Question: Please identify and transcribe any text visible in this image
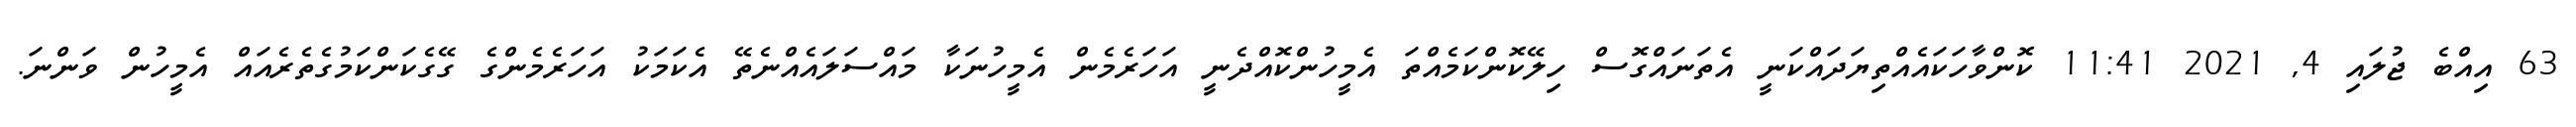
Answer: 63 އިއްބެ ޖުލައި 4, 2021 11:41 ކޮންވާހަކައެއްތިޔަދައްކަނީ އެތަނައްގޮސް ހިލޭކޮންކަމެއްތަ އެމީހުންކޮއްދެނީ އަހަރެމެން އެމީހުނަކާ މައްސަލައެއްނެތޭ އެކަމަކު އަހަރެމެންގެ ގޭގެކަންކަމުގެތެރެއައް އެމީހުން ވަންނަ.